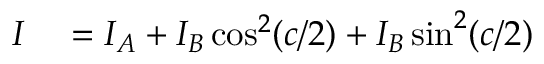
\begin{array} { r l } { I } & { { } = I _ { A } + I _ { B } \cos ^ { 2 } ( c / 2 ) + I _ { B } \sin ^ { 2 } ( c / 2 ) } \end{array}